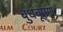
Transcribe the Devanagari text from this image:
बुधबूषण